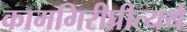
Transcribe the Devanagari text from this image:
कामगिरीप्रीत्यर्थ